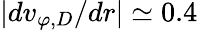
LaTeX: \lvert dv_{\varphi,D}/dr\rvert\simeq 0.4